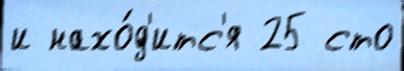
и нахо́д'итс'я 25 сто